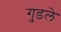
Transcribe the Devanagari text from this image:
गुडले